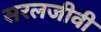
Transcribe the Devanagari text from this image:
सरलजीवी